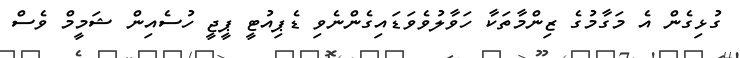
ގުޅިގެން އެ މަގާމުގެ ޒިންމާތަކާ ހަވާލުވެވަޑައިގެންނެވި ޑެޕިއުޓީ ޕީޖީ ހުސެއިން ޝަމީމް ވެސް